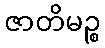
ဇာတိမဉ္စ